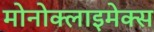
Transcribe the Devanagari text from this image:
मोनोक्लाइमेक्स